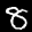
Label: 8